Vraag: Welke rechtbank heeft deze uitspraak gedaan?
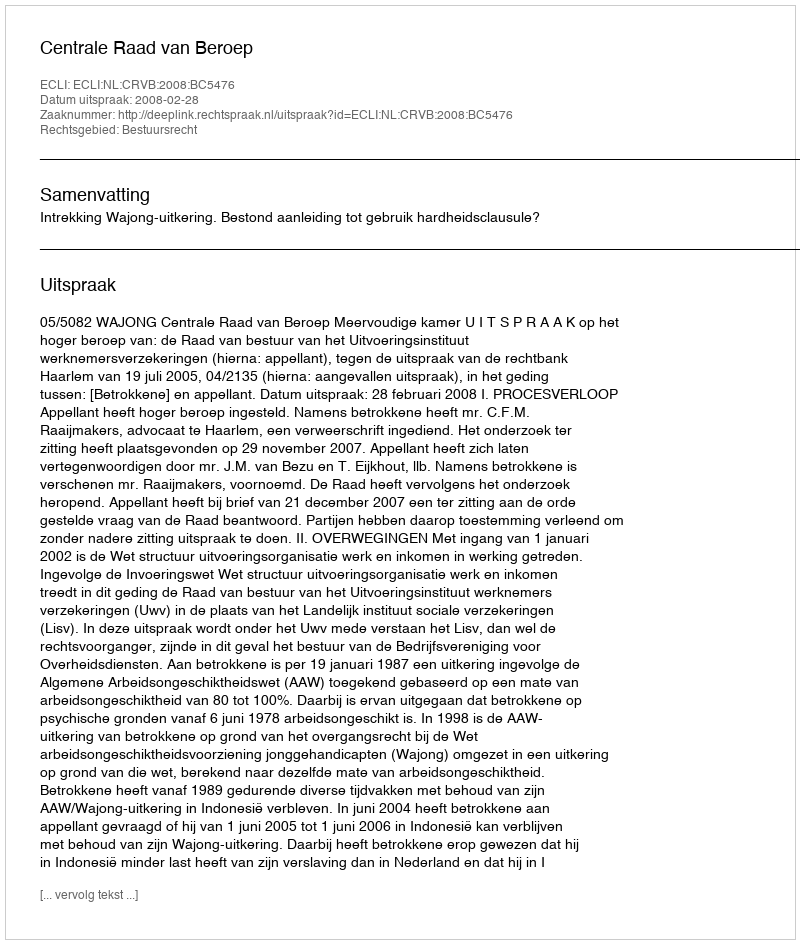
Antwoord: Centrale Raad van Beroep